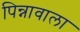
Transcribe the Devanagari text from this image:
पिन्नावाला